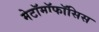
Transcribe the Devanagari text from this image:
मेटॉमॉफॉसिस